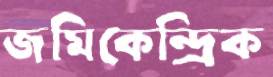
জমিকেন্দ্রিক